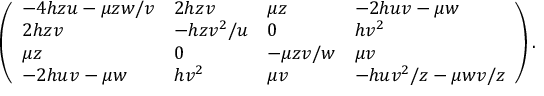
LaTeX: \left( \begin{array} { l l l l } { { - 4 h z u - \mu z w / v } } & { { 2 h z v } } & { { \mu z } } & { { - 2 h u v - \mu w } } \\ { { 2 h z v } } & { { - h z v ^ { 2 } / u } } & { { 0 } } & { { h v ^ { 2 } } } \\ { { \mu z } } & { { 0 } } & { { - \mu z v / w } } & { { \mu v } } \\ { { - 2 h u v - \mu w } } & { { h v ^ { 2 } } } & { { \mu v } } & { { - h u v ^ { 2 } / z - \mu w v / z } } \end{array} \right) .